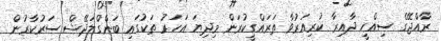
ރާއްޖޭގެ ސިއްހީ ދާއިރާ ކުރިއަރުވާ ތަރައްގީކުރަން މިދިޔަ އަހަރު ތަކުގައި ބަންގްލަދޭޝް ސަރުކާރުން